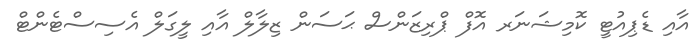
އާއި ޑެޕިއުޓީ ކޮމިޝަނަރ އޮފް ޕްރިޒަންސް ޙަސަން ޒިލާލް އާއި ލީގަލް އެސިސްޓެންޓް